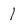
Character: I